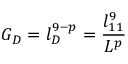
G _ { D } = l _ { D } ^ { 9 - p } = \frac { l _ { 1 1 } ^ { 9 } } { L ^ { p } }